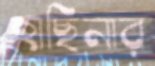
হাছিনার